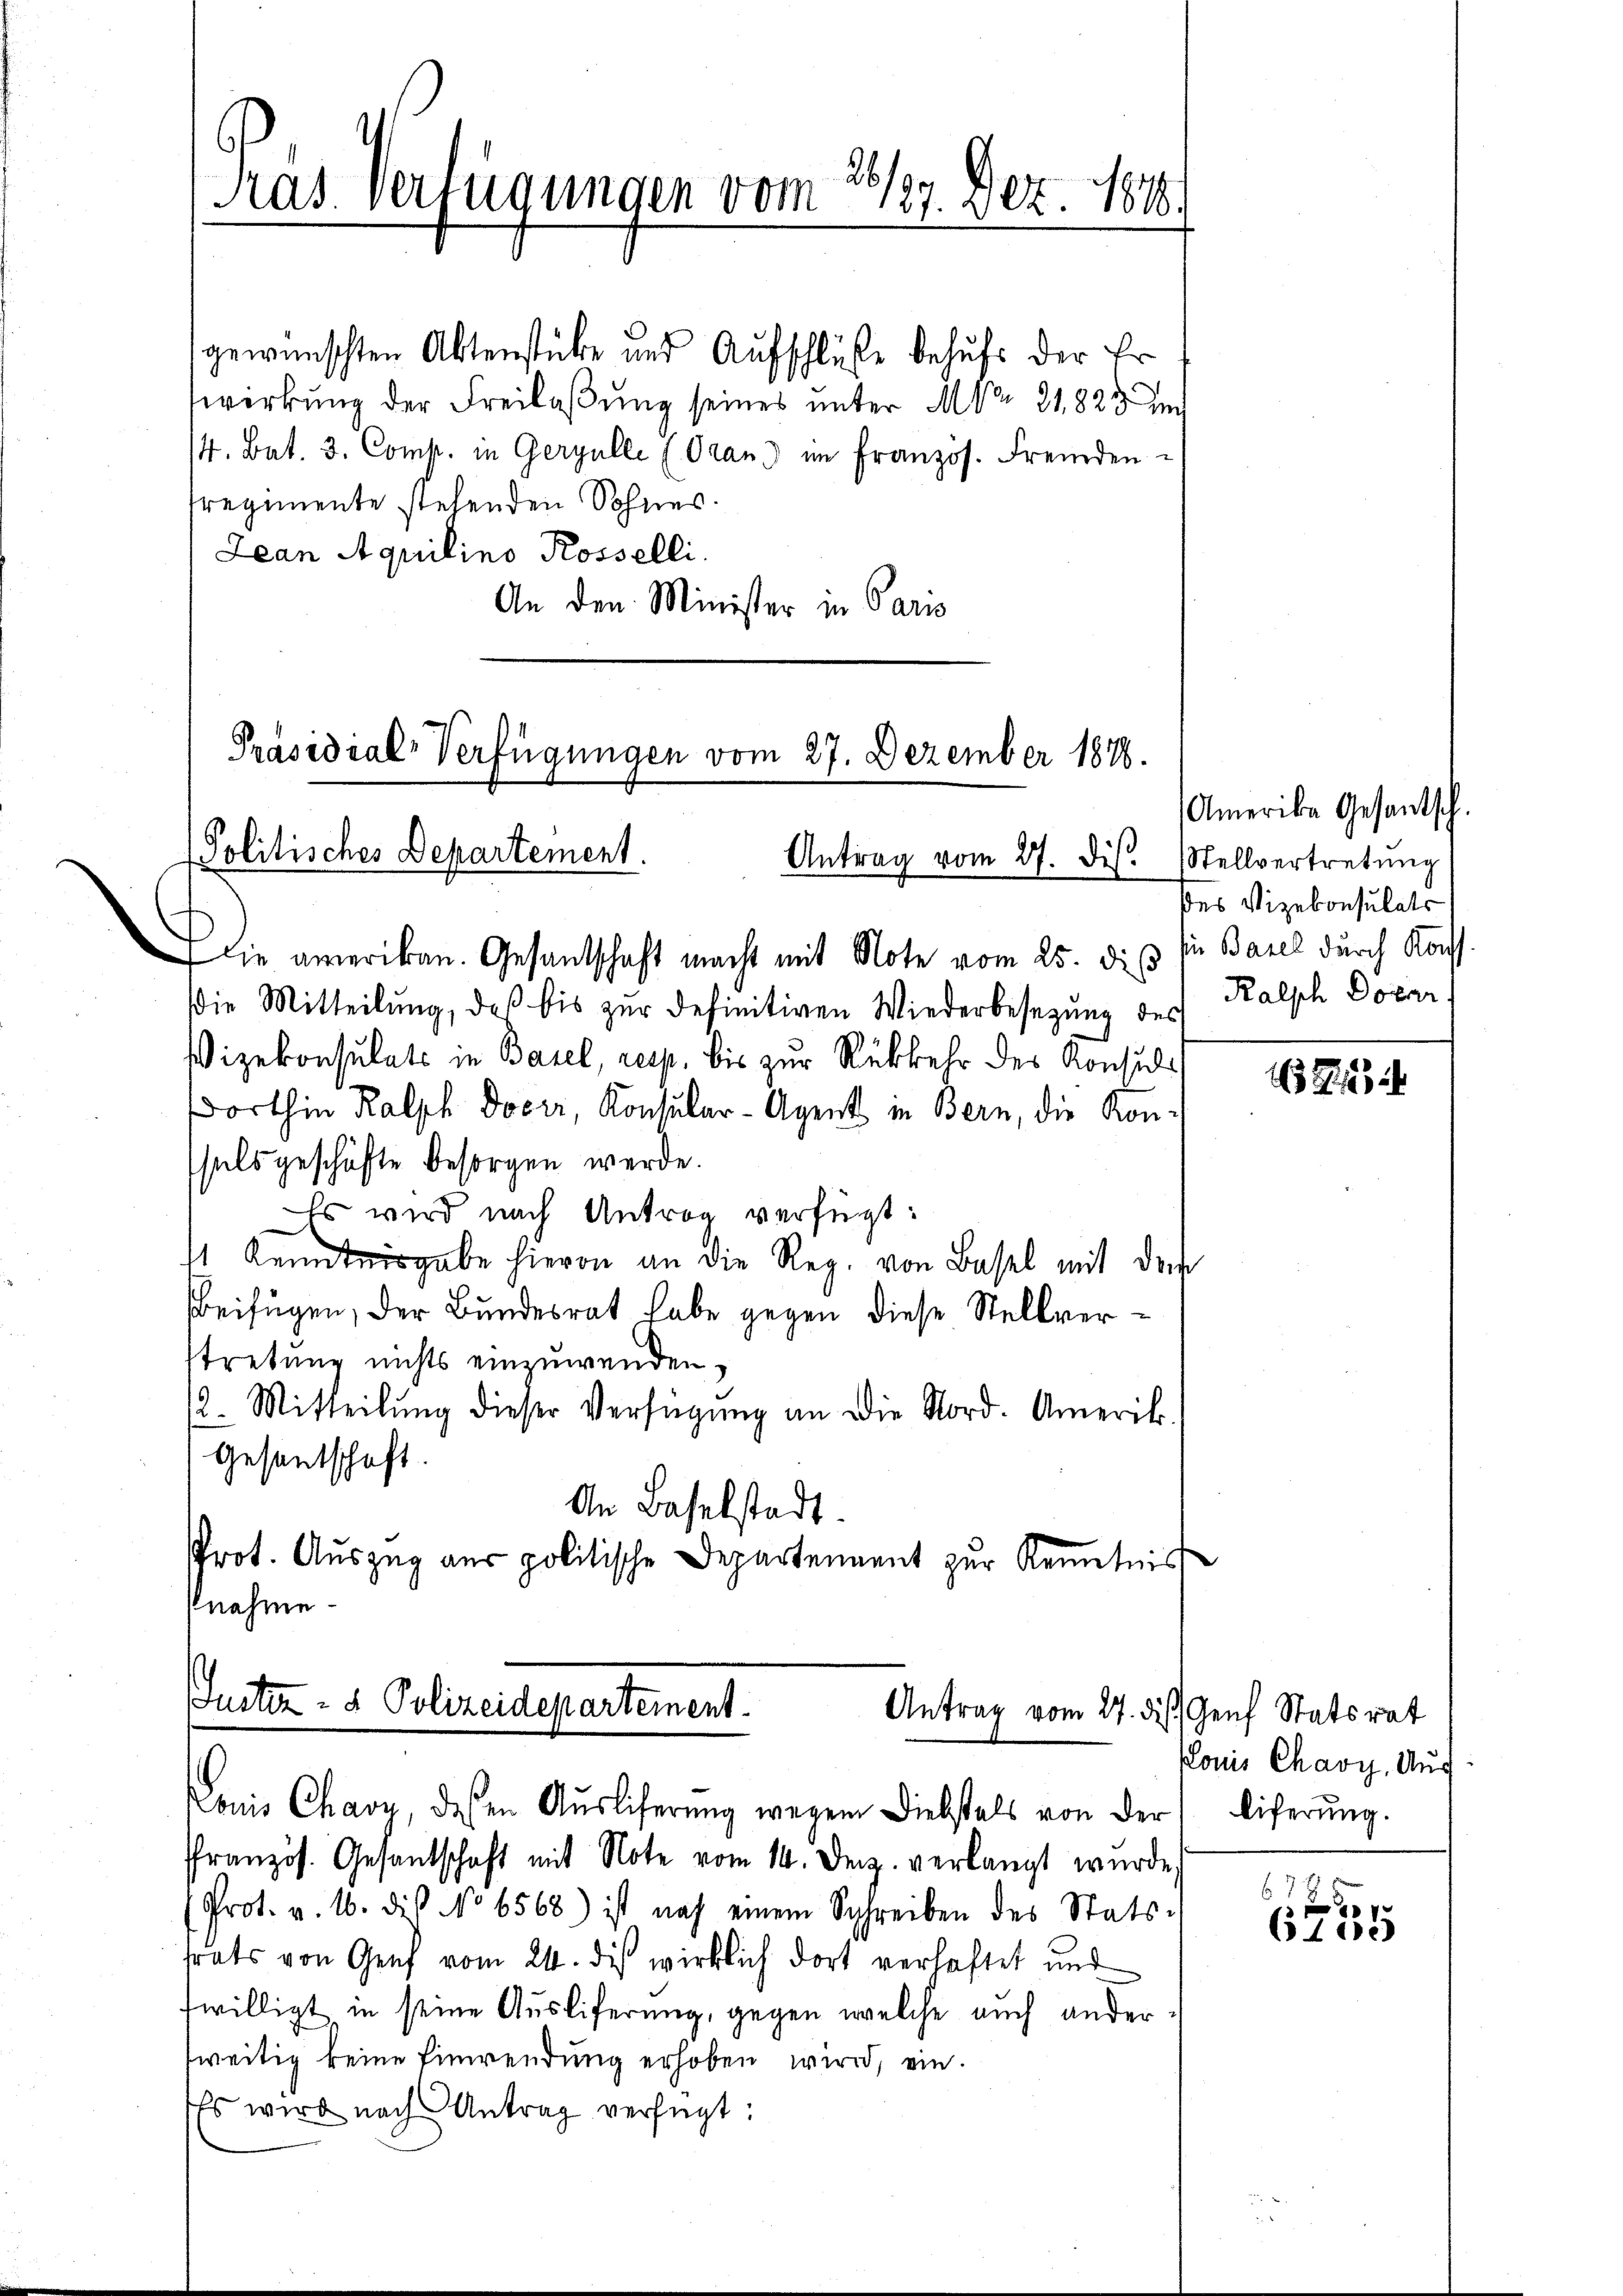
Präsidial-Verfügungen vom 27. Dezember 1878.
Politisches Departement.
Antrag vom 27. ds. Stellvertretung

Pras. Verfügungen vom 28/137. Dez. 1818

gewünschten Aktenstücke und Aufschlüße behufs der Er
werkung der Freilaßung seines unter M. Nr. 21825 und
14. Bat. 3. Comp. in Gergulle (Oran) im Französ. Fremden
sregimente stehenden Sohnes.
Lean Aquilino Rosselli
An den Minister in Paris

die amerikan. Gesandschaft macht mit Note vom 25. di
die Mitteilŭng, daß bis zŭr definitiven Wiederbesezung des
Vizekonsulats in Basel, resp. bis zur Rückkehr des Konsuls
dorthin Kalph Docer, Konsular-Agent in Bern, die Konsals geschäfte besorgen werde.
Es wird nach Antrag verfügt:
1 Kenntnisgabe hievon an die Reg. von Basel mit dem
beifügen, der Bundesrat habe gegen diese Stellverstretung nichts einzuwenden,
12. Mitteilŭng dieser Verfügŭng an die Nord. Amerik.
Gesantschaft.
An Baselstadt.
Prot. Auszug aus politische Departement zur Kenntnis
knahme

Justiz- & Polizeidepartement.
Antrag vom 27. ds. Genf Statsrat
Louis Charn, dessen Auslieferung wegen Diebstals von der

französ. Gesantschaft mit Note vom 14. Dez. verlangt wurde,
Prot. v. 16. dis No 6568) ist noch einem Schreiben des Stats.
trats von Genf vom 24. dis wirklich dort verlastet und
fwilligt in seine Ausliferung, gegen welche auch ander
weitig keine Einwendung erhoben wird, ein.
Es wird nach Antrag verfügt:

Amerika Gesantsch.
des Vizekonsulats
din Basel durch Koff
Kalsch Dotar

18

Louis Chaoy, Ang
liferung.

.

1de